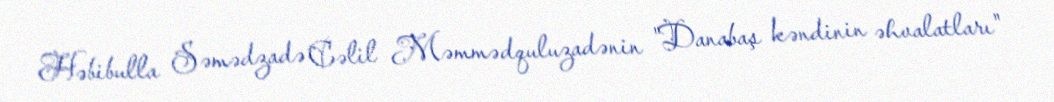
Həbibulla Səmədzadə Cəlil Məmmədquluzadənin "Danabaş kəndinin əhvalatları"